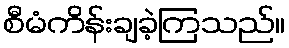
စီမံကိန်းချခဲ့ကြသည်။